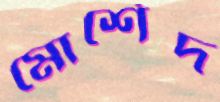
মোর্শেদ